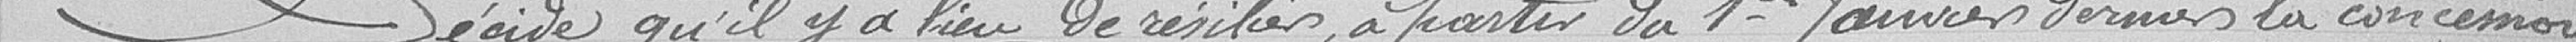
Décide qu'il y a lieu de résilier, à partir du 1er janvier dernier, la concession